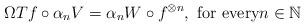
LaTeX: \begin{align*}\Omega Tf\circ \alpha _{n}V=\alpha _{n}W\circ f^{\otimes n},\text{ for every}n\in \mathbb{N} \end{align*}